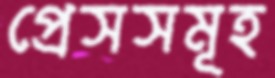
প্রেসসমূহ